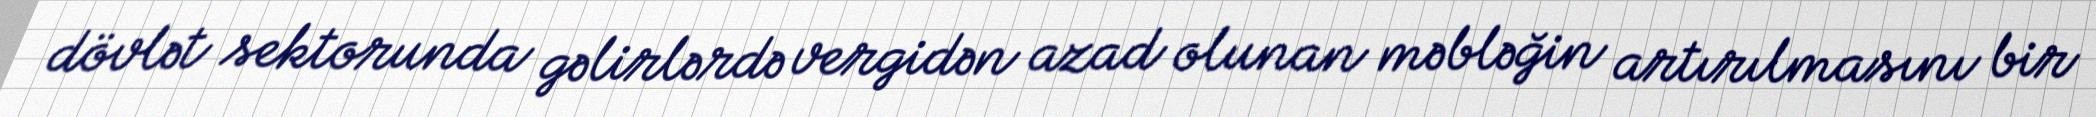
dövlət sektorunda gəlirlərdə vergidən azad olunan məbləğin artırılmasını bir